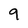
Character: 9